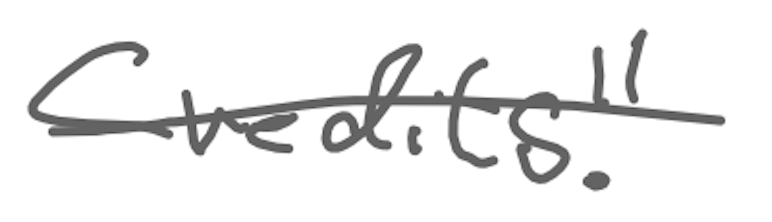
Text: Credits."
Cross-out: single-line
Writing tool: digital_gray